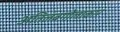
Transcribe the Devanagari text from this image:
अतिलंबगोलाकार